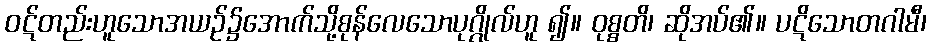
ဝဋ်တည်းဟူသောအယဉ်၌အောက်သို့စုန်လေသောပုဂ္ဂိုလ်ဟူ ၍။ ဝုစ္စတိ၊ ဆိုအပ်၏။ ပဋိသောတဂါမီ၊